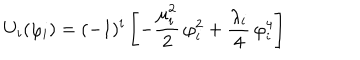
U _ { i } ( \varphi _ { i } ) = ( - 1 ) ^ { i } \left[ - \frac { \mu _ { i } ^ { 2 } } { 2 } \, \varphi _ { i } ^ { 2 } + \frac { \lambda _ { i } } { 4 } \, \varphi _ { i } ^ { 4 } \right]